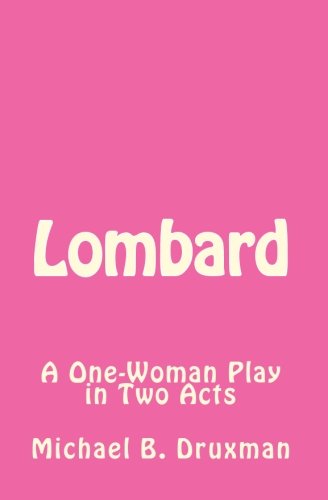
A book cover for Lombard (Hollywood Legends); Michael B. Druxman; Crafts, Hobbies & Home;